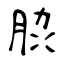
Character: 䏮